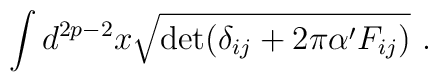
\int d^{2p-2}x\sqrt{\det (\delta_{ij}+2\pi\alpha' F_{ij})} \ .